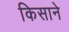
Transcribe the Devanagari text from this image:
किसाने